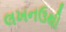
લખનઉથી